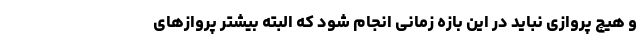
و هیچ پروازی نباید در این بازه زمانی انجام شود که البته بیشتر پروازهای